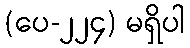
(ပေ-၂၂၄) မရှိပါ